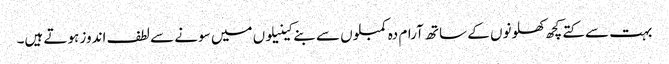
بہت سے کتے کچھ کھلونوں کے ساتھ آرام دہ کمبلوں سے بنے کینیلوں میں سونے سے لطف اندوز ہوتے ہیں۔